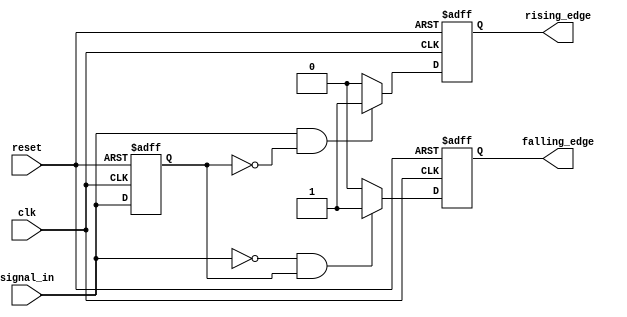
module dual_edge_detector (
    input wire clk,           // Clock input
    input wire reset,         // Asynchronous reset
    input wire signal_in,     // Input signal to be monitored
    output reg rising_edge,   // Output pulse for rising edge detection
    output reg falling_edge    // Output pulse for falling edge detection
);

    // Internal signal to hold the previous state of the input signal
    reg signal_in_prev;

    // Sequential logic to sample the input signal on the rising edge of the clock
    always @(posedge clk or posedge reset) begin
        if (reset) begin
            signal_in_prev <= 1'b0; // Reset previous signal state
            rising_edge <= 1'b0;     // Reset rising edge output
            falling_edge <= 1'b0;    // Reset falling edge output
        end else begin
            // Detect rising edge
            if (signal_in && !signal_in_prev) begin
                rising_edge <= 1'b1;   // Set rising edge output high
            end else begin
                rising_edge <= 1'b0;   // Reset rising edge output
            end
            
            // Detect falling edge
            if (!signal_in && signal_in_prev) begin
                falling_edge <= 1'b1;  // Set falling edge output high
            end else begin
                falling_edge <= 1'b0;  // Reset falling edge output
            end
            
            // Update the previous input signal state
            signal_in_prev <= signal_in;
        end
    end

endmodule